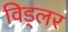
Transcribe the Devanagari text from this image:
विड्लर